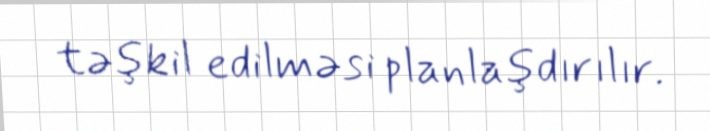
təşkil edilməsi planlaşdırılır.